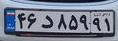
۴۶د۸۵۹۹۱